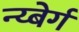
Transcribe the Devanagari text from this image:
न्य्बेर्ग